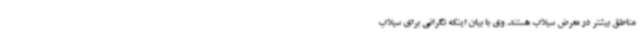
مناطق بیشتر در معرض سیلاب هستند. وی با بیان اینکه نگرانی برای سیلاب